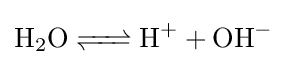
{\ce {H2O <=> H+ + OH-}}